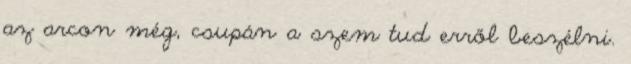
az arcon még, csupán a szem tud erről beszélni.